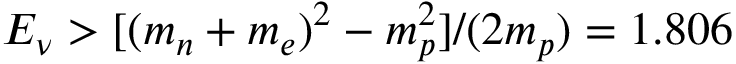
E _ { \nu } > [ ( m _ { n } + m _ { e } ) ^ { 2 } - m _ { p } ^ { 2 } ] / ( 2 m _ { p } ) = 1 . 8 0 6